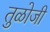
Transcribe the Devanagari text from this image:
तुळोजी